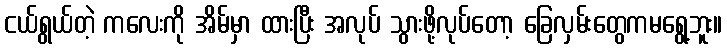
ငယ်ရွယ်တဲ့ ကလေးကို အိမ်မှာ ထားပြီး အလုပ် သွားဖို့လုပ်တော့ ခြေလှမ်းတွေကမရွေ့ဘူး။